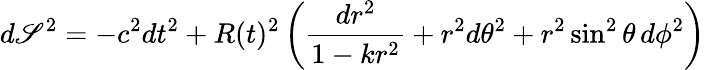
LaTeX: d\mathscr{S}^{2}=-c^{2}dt^{2}+R(t)^{2}\left({\frac{{dr^{2}}}{{1-kr^{2}}}}+r^{2}d\theta^{2}+r^{2}\sin^{2}\theta\, d\phi^{2}\right)